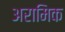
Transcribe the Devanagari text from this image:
अरामिक